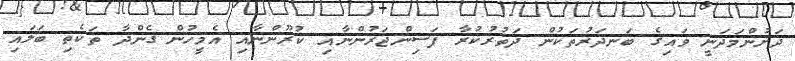
ދަށުންމަދަނީ ވައިގެ ބަނދަރުތަކުން ދަތުރުކުރާ ފަސިންޖަރުންނާއި ކުރޫންނާއި އެމީހުން ގެންދާ ތަކެތި ބަލައި